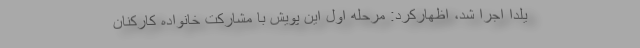
یلدا اجرا شد، اظهارکرد: مرحله اول این پویش با مشارکت خانواده کارکنان